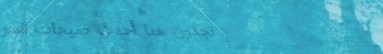
تجدون هنا أحدث صيحات المو